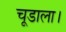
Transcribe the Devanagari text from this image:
चूडाला।